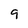
Character: 9